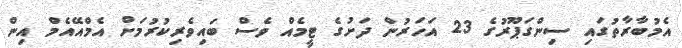
އެމުބާރާތުގައި ސިންގަޕޫރުގެ 23 އަހަރުން ދަށުގެ ޓީމެއް ވެސް ބައިވެރިކުރުމަށް އެމްއޭއެމް އިން